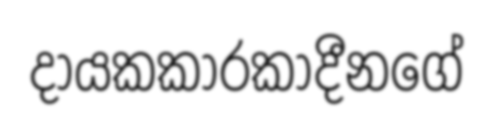
දායකකාරකාදීනගේ